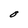
Character: O